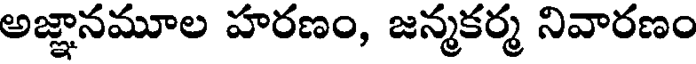
అజ్ఞానమూల హరణం, జన్మకర్మ నివారణం